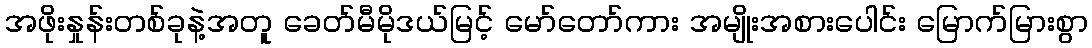
အဖိုးနှုန်းတစ်ခုနဲ့အတူ ခေတ်မီမိုဒယ်မြင့် မော်တော်ကား အမျိုးအစားပေါင်း မြောက်မြားစွာ